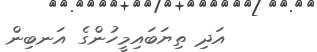
އަދި ތިޔަބައިމީހުންގެ އަނބިން